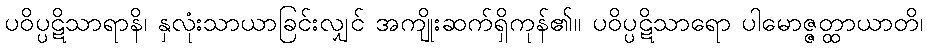
ပဝိပ္ပဋိသာရာနိ၊ နှလုံးသာယာခြင်းလျှင် အကျိုးဆက်ရှိကုန်၏။ ပဝိပ္ပဋိသာရော ပါမောဇ္ဇတ္ထာယာတိ၊